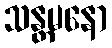
သန္တမနော